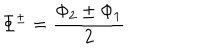
\Phi ^ { \pm } = \frac { \Phi _ { 2 } \pm \Phi _ { 1 } } { 2 }